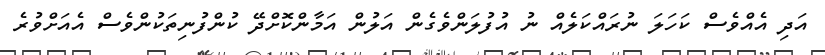
އަދި އެއްވެސް ކަހަލަ ނުރައްކަލެއް ނު އުފުލަންވެގެން އަލުން އަމާންކޮށްދޭ ކުންފުނިތަކުންވެސް އެއަށްވުރެ